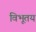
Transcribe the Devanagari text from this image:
विभूतय